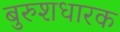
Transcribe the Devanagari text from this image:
बुरुशधारक